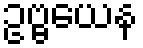
ဥဗ္ဗယေန